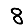
Digit: 8